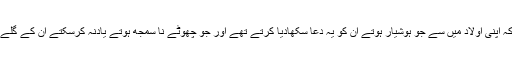
حضرت ابن عمرو ؓ کا دستور تھا کہ اپنی اولاد میں سے جو ہوشیار ہوتے ان کو یہ دعا سکھادیا کرتے تھے اور جو چھوٹے نا سمجھ ہوتے یادنہ کرسکتے ان کے گلے میں اس دعا کو لکھ کر لٹکادیتے۔